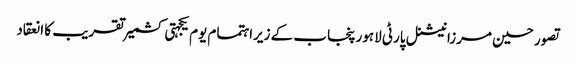
تصور حسین مرزا	 نیشنل پارٹی لاہور پنجاب کے زیراہتمام یوم یکجہتی کشمیر تقریب کا انعقاد